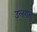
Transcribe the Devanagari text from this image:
उलगम